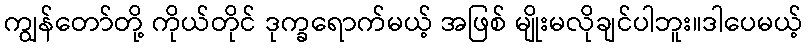
ကျွန်တော်တို့ ကိုယ်တိုင် ဒုက္ခရောက်မယ့် အဖြစ် မျိုးမလိုချင်ပါဘူး။ဒါပေမယ့်